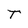
Character: T